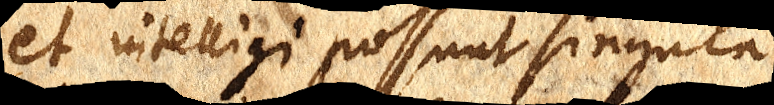
et intelligi possunt singula